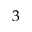
3